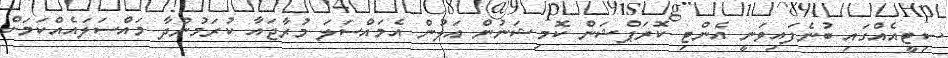
ސިޓީއެއްގައި ބުނެފައިވަނީ އެންޓި ކޮރަޕްޝަން ކޮމިޝަނުން އަލުން އެމައްސަލަ މުރާޖައާ ކުރަމުންދާ މައްސަލައެއްކަމަށް